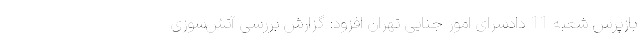
بازپرس شعبه 11 دادسرای امور جنایی تهران افزود: گزارش بررسی آتش‌سوزی